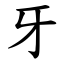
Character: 牙